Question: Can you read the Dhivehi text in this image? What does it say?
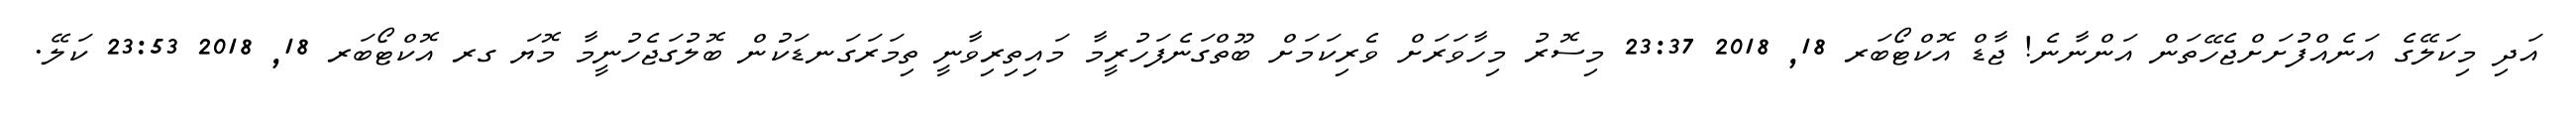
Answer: އަދި މިކަލޭގެ އަނެއްފުށަށްޖެހޭތަން އަންނާނެ! ޖާޑް އޮކްޓޯބަރ 18, 2018 23:37 މިސޮރު މިހާވަރަށް ވެރިކަމަށް ބޫތްގަނެފަހުރީމާ މައިތިރިވާނީ ތިމަރަގަނޑަކުން ބޮލުގަޖެހުނީމާ މޮޔަ ގރ އޮކްޓޯބަރ 18, 2018 23:53 ކަލޭ.